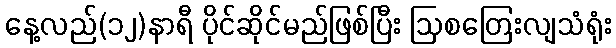
နေ့လည်(၁၂)နာရီ ပိုင်ဆိုင်မည်ဖြစ်ပြီး ဩစတြေးလျသံရုံး